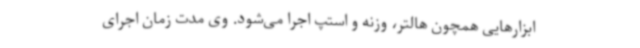
ابزارهایی همچون هالتر، وزنه و استپ اجرا می‌شود. وی مدت زمان اجرای